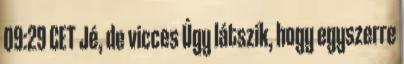
09:29 CET Jé, de vicces Úgy látszik, hogy egyszerre